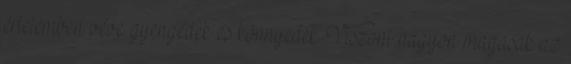
értelemben véve gyengédek és könnyedek. Viszont nagyon magasak az